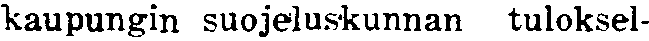
kaupungin suojeluskunnan tuloksel-